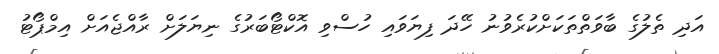
އަދި ތެލުގެ ބާވަތްތަކަށްކުރެވުނު ހޭދަ ފިޔަވައި ހުސްވި އޮކްޓޯބަރުގެ ނިޔަލަށް ރާއްޖެއަށް އިމްޕޯޓު